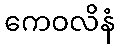
ကေဝလိနံ